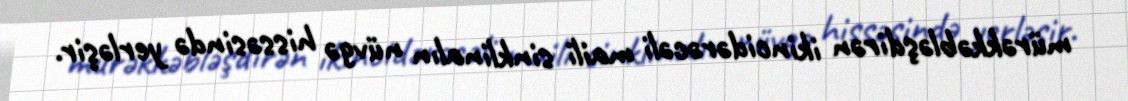
mürəkkəbləşdirən ikincidərəcəli maili sinklinalın nüvgə hissəsində yerləşir.